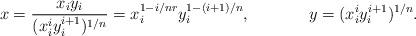
LaTeX: \begin{align*}x & = \frac{x_iy_i}{(x_i^iy_i^{i+1})^{1/n} } = x_i^{1-i/nr} y_i^{1- (i+1)/n}, &y & = (x_i^iy_i^{i+1})^{1/n}.\end{align*}